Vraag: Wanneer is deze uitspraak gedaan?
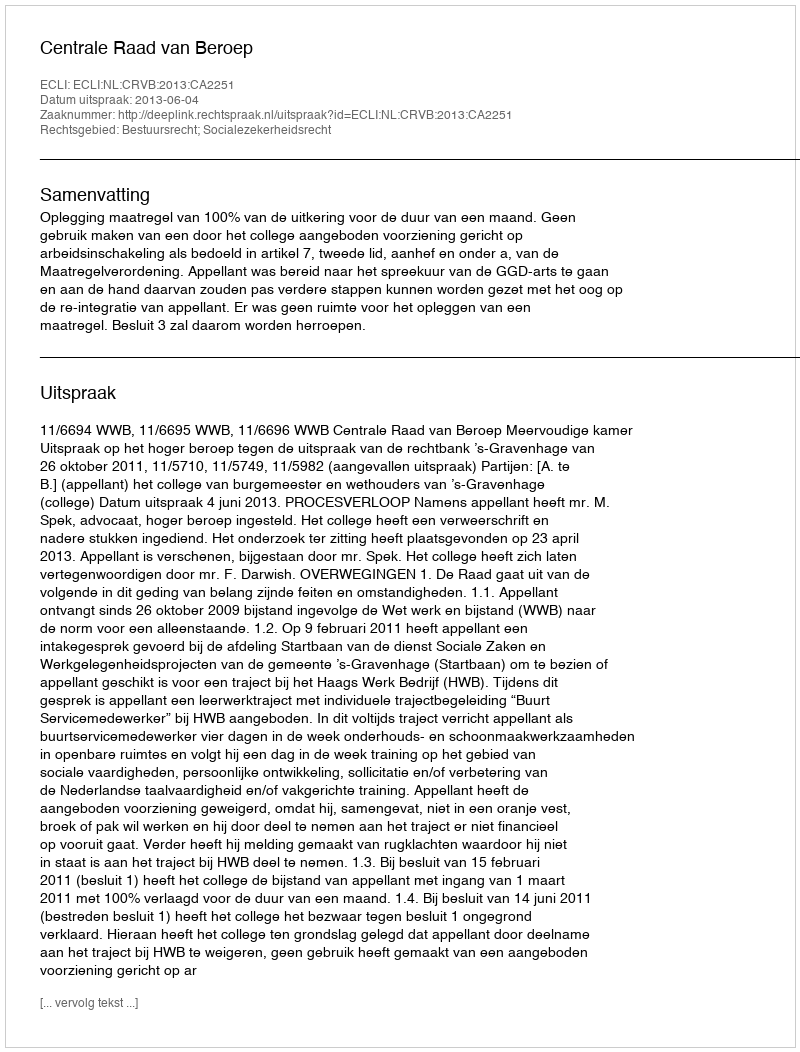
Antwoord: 2013-06-04